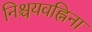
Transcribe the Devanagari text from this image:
निश्चयवह्निना